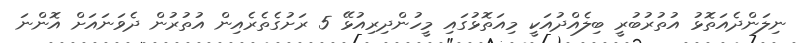
ނިލަންދެއަތޮޅު އުތުރުބުރީ ބިލެއްދުއަކީ މިއަތޮޅުގައި މީހުންދިރިއުޅޭ 5 ރަށުގެތެރެއިން އުތުރުން ދެވަނައަށް އޮންނަ